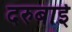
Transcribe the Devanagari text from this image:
दरुबाई